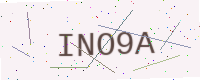
Text: INO9A